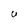
Character: U